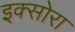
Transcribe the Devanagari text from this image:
इक्सोरा